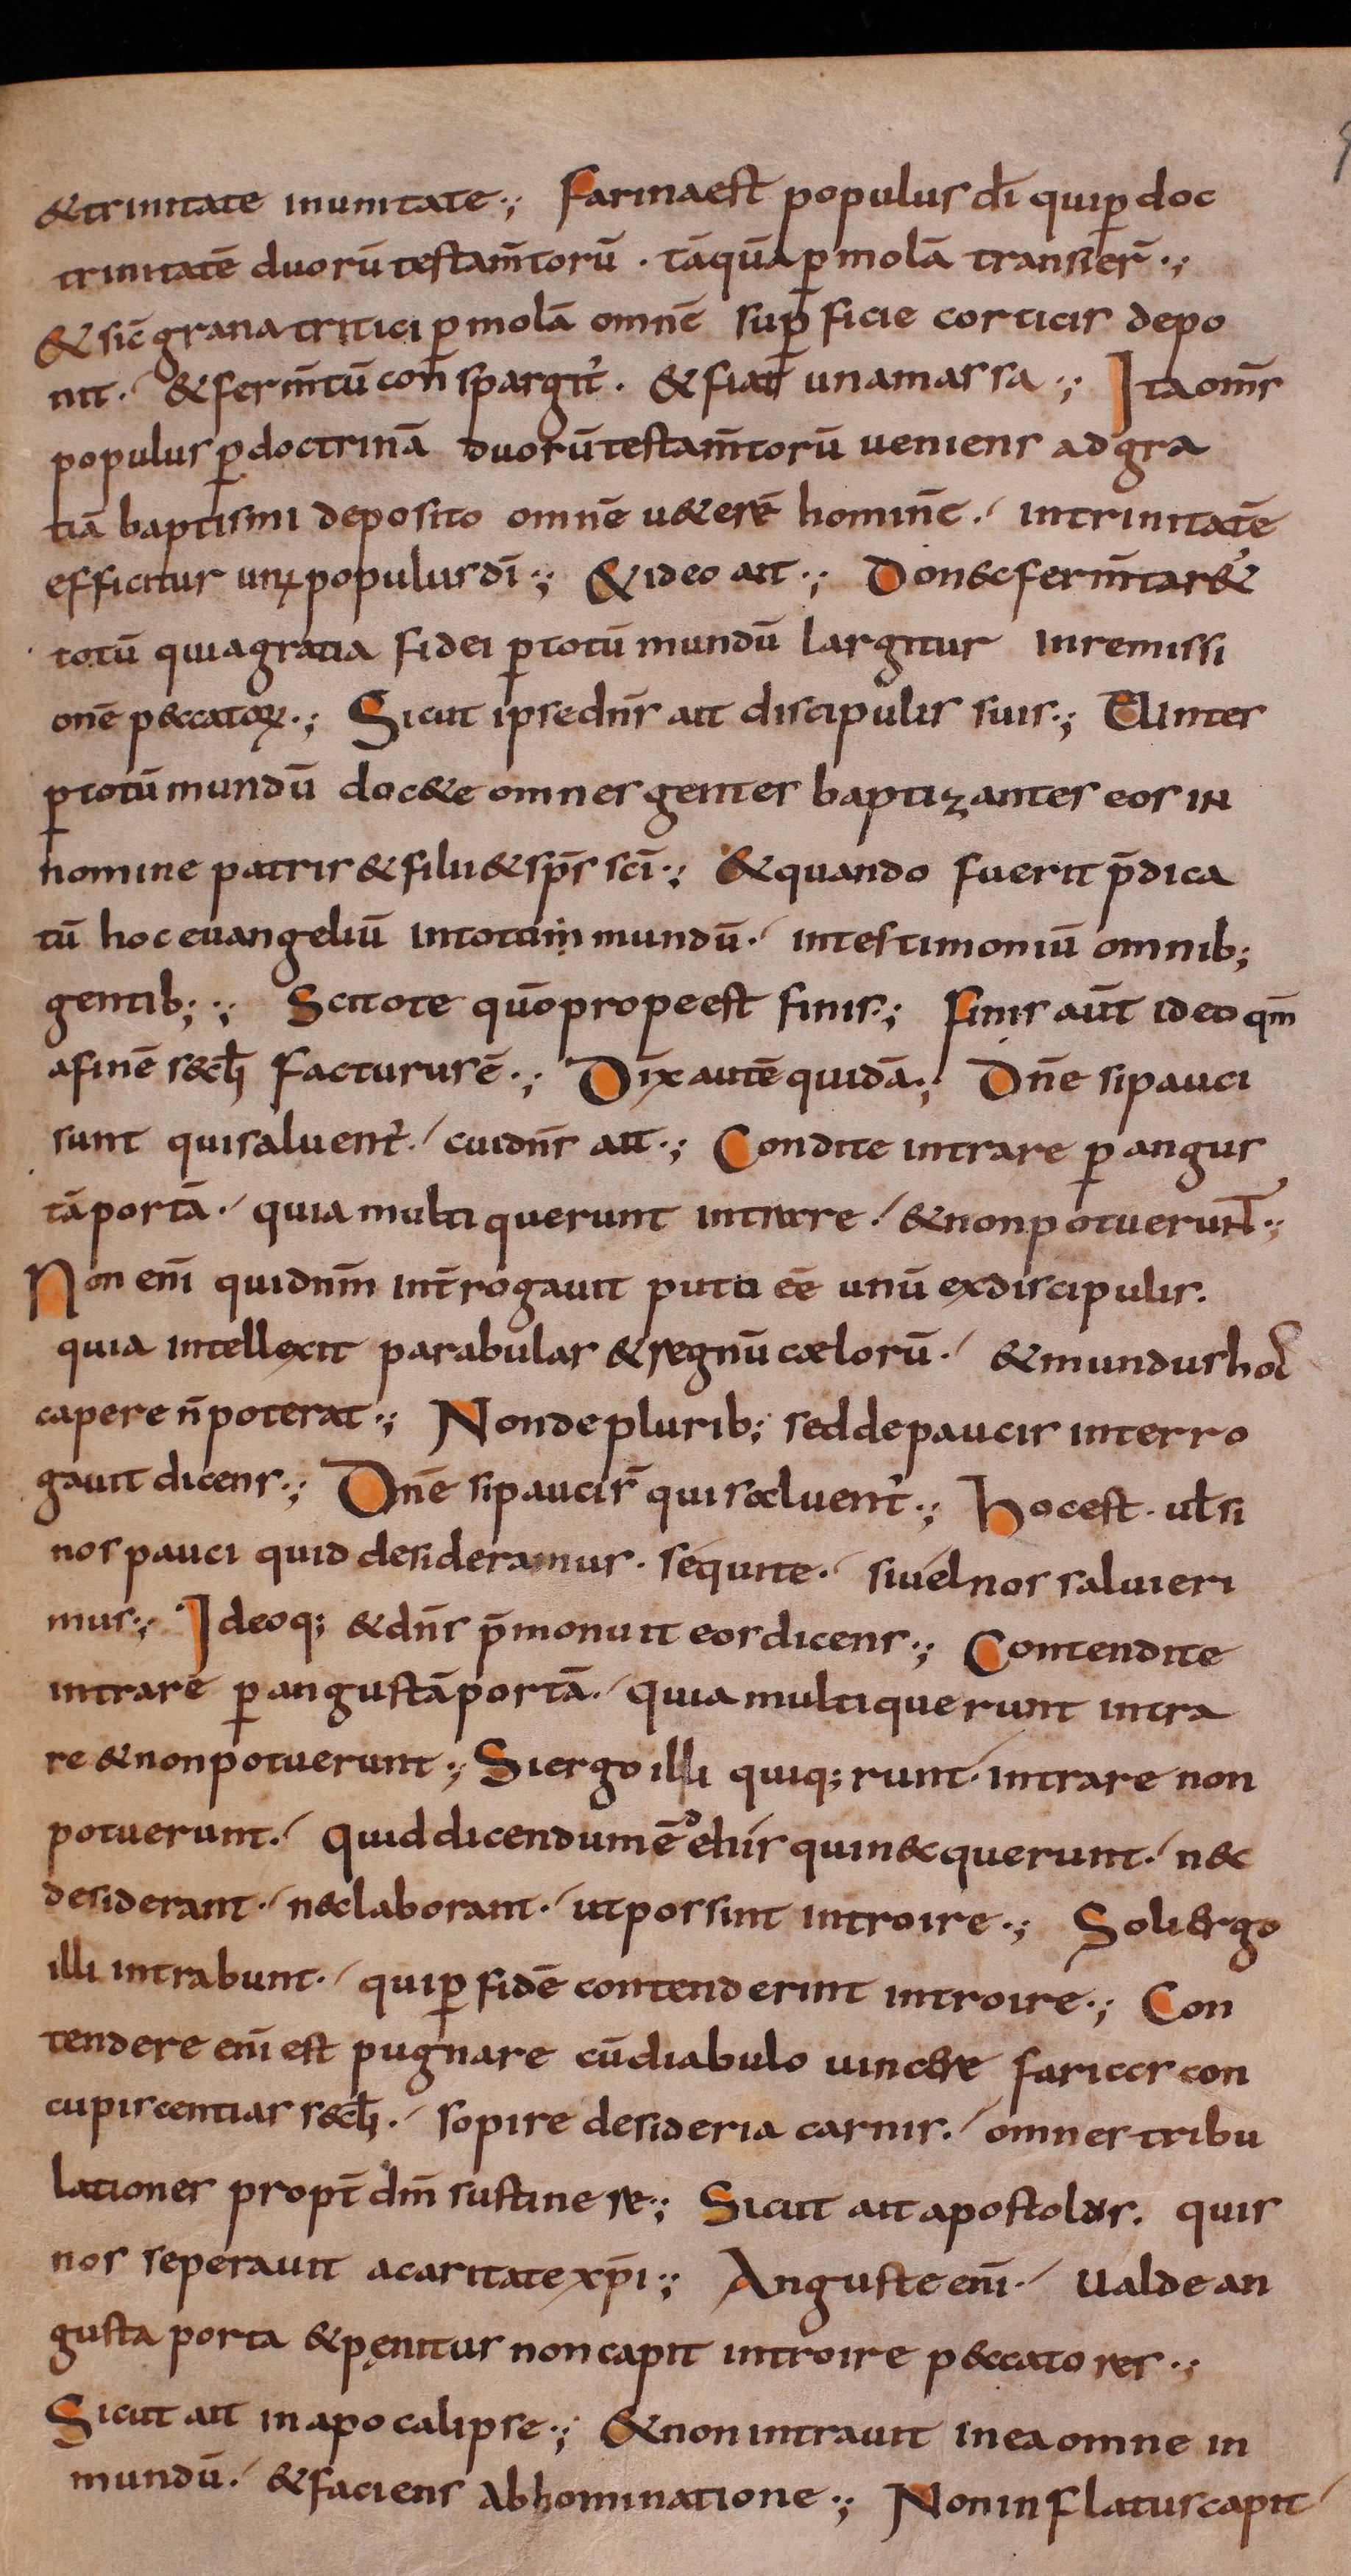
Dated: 800–849